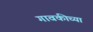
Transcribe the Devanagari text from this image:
गावकीच्या